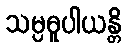
သမ္ပဓူပါယန္တိ